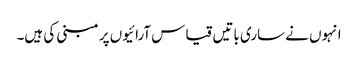
انہوں نے ساری باتیں قیاس آرائیوں پر مبنی کی ہیں۔